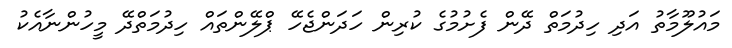
މައުލޫމާތު އަދި ހިދުމަތް ދޭން ފެށުމުގެ ކުރިން ހަދަންޖެހޭ ޕްލޭންތައް ހިދުމަތްދޭ މީހުންނާއެކު